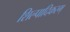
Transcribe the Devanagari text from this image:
शिल्पादिकरम्